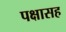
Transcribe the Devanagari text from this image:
पक्षासह